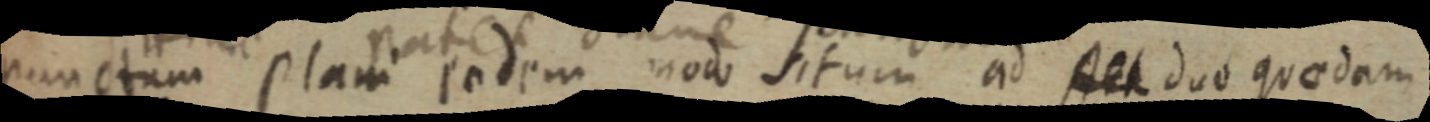
punctum plani eodem modo situm ad A et duo quoedam